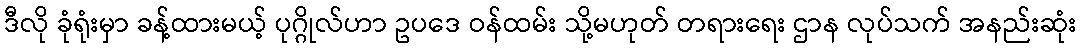
ဒီလို ခုံရုံးမှာ ခန့်ထားမယ့် ပုဂ္ဂိုလ်ဟာ ဥပဒေ ဝန်ထမ်း သို့မဟုတ် တရားရေး ဌာန လုပ်သက် အနည်းဆုံး